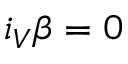
i _ { V } \beta = 0